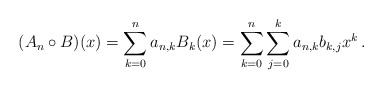
\begin{align*}(A_n\circ B)(x)=\sum\limits_{k=0}^{n}a_{n,k}B_k(x)=\sum\limits_{k=0}^{n}\sum\limits_{j=0}^{k}a_{n,k}b_{k,j}x^k\,.\end{align*}